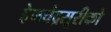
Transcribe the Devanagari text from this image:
हेमचंद्रसूरीको